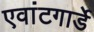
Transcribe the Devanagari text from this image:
एवांटगार्डे